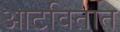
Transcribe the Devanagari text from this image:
आटवितात